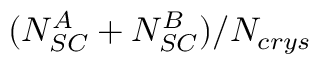
( N _ { S C } ^ { A } + N _ { S C } ^ { B } ) / N _ { c r y s }